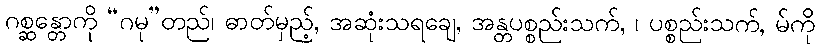
ဂစ္ဆန္တောကို “ဂမု”တည်၊ ဓာတ်မှည့်, အဆုံးသရချေ, အန္တပစ္စည်းသက်, ၊ ပစ္စည်းသက်, မ်ကို